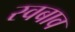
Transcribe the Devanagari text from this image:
स्वबाव